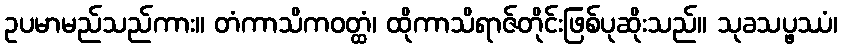
ဥပမာမည်သည်ကား။ တံကာသိကဝတ္ထံ၊ ထိုကာသိရာဇ်တိုင်းဖြစ်ပုဆိုးသည်။ သုခသပ္ဖဿံ၊